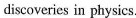
discoveries in physics.